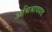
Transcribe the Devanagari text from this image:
अभिश्रावयव